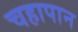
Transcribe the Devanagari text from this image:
चहापान